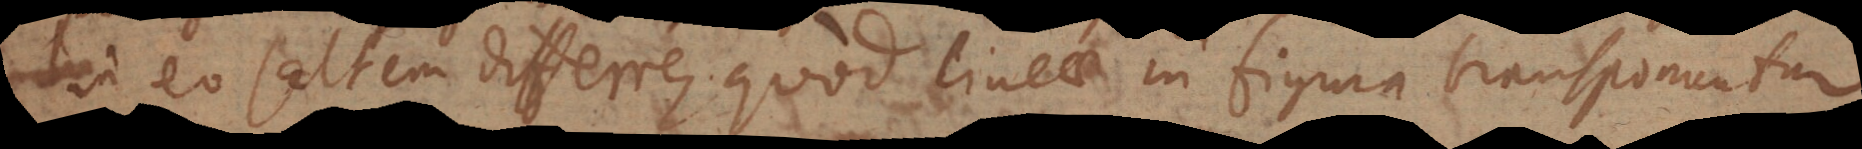
in eo saltem differre, quod lineae in figura transponuntur